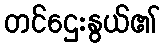
တင်ဌေးနွယ်၏